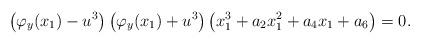
LaTeX: \begin{align*} \left( \varphi_y(x_1) - u^3\right) \left(\varphi_y(x_1)+u^3\right) \left(x_1^3+a_2x_1^2+a_4x_1+a_6\right)=0.\end{align*}